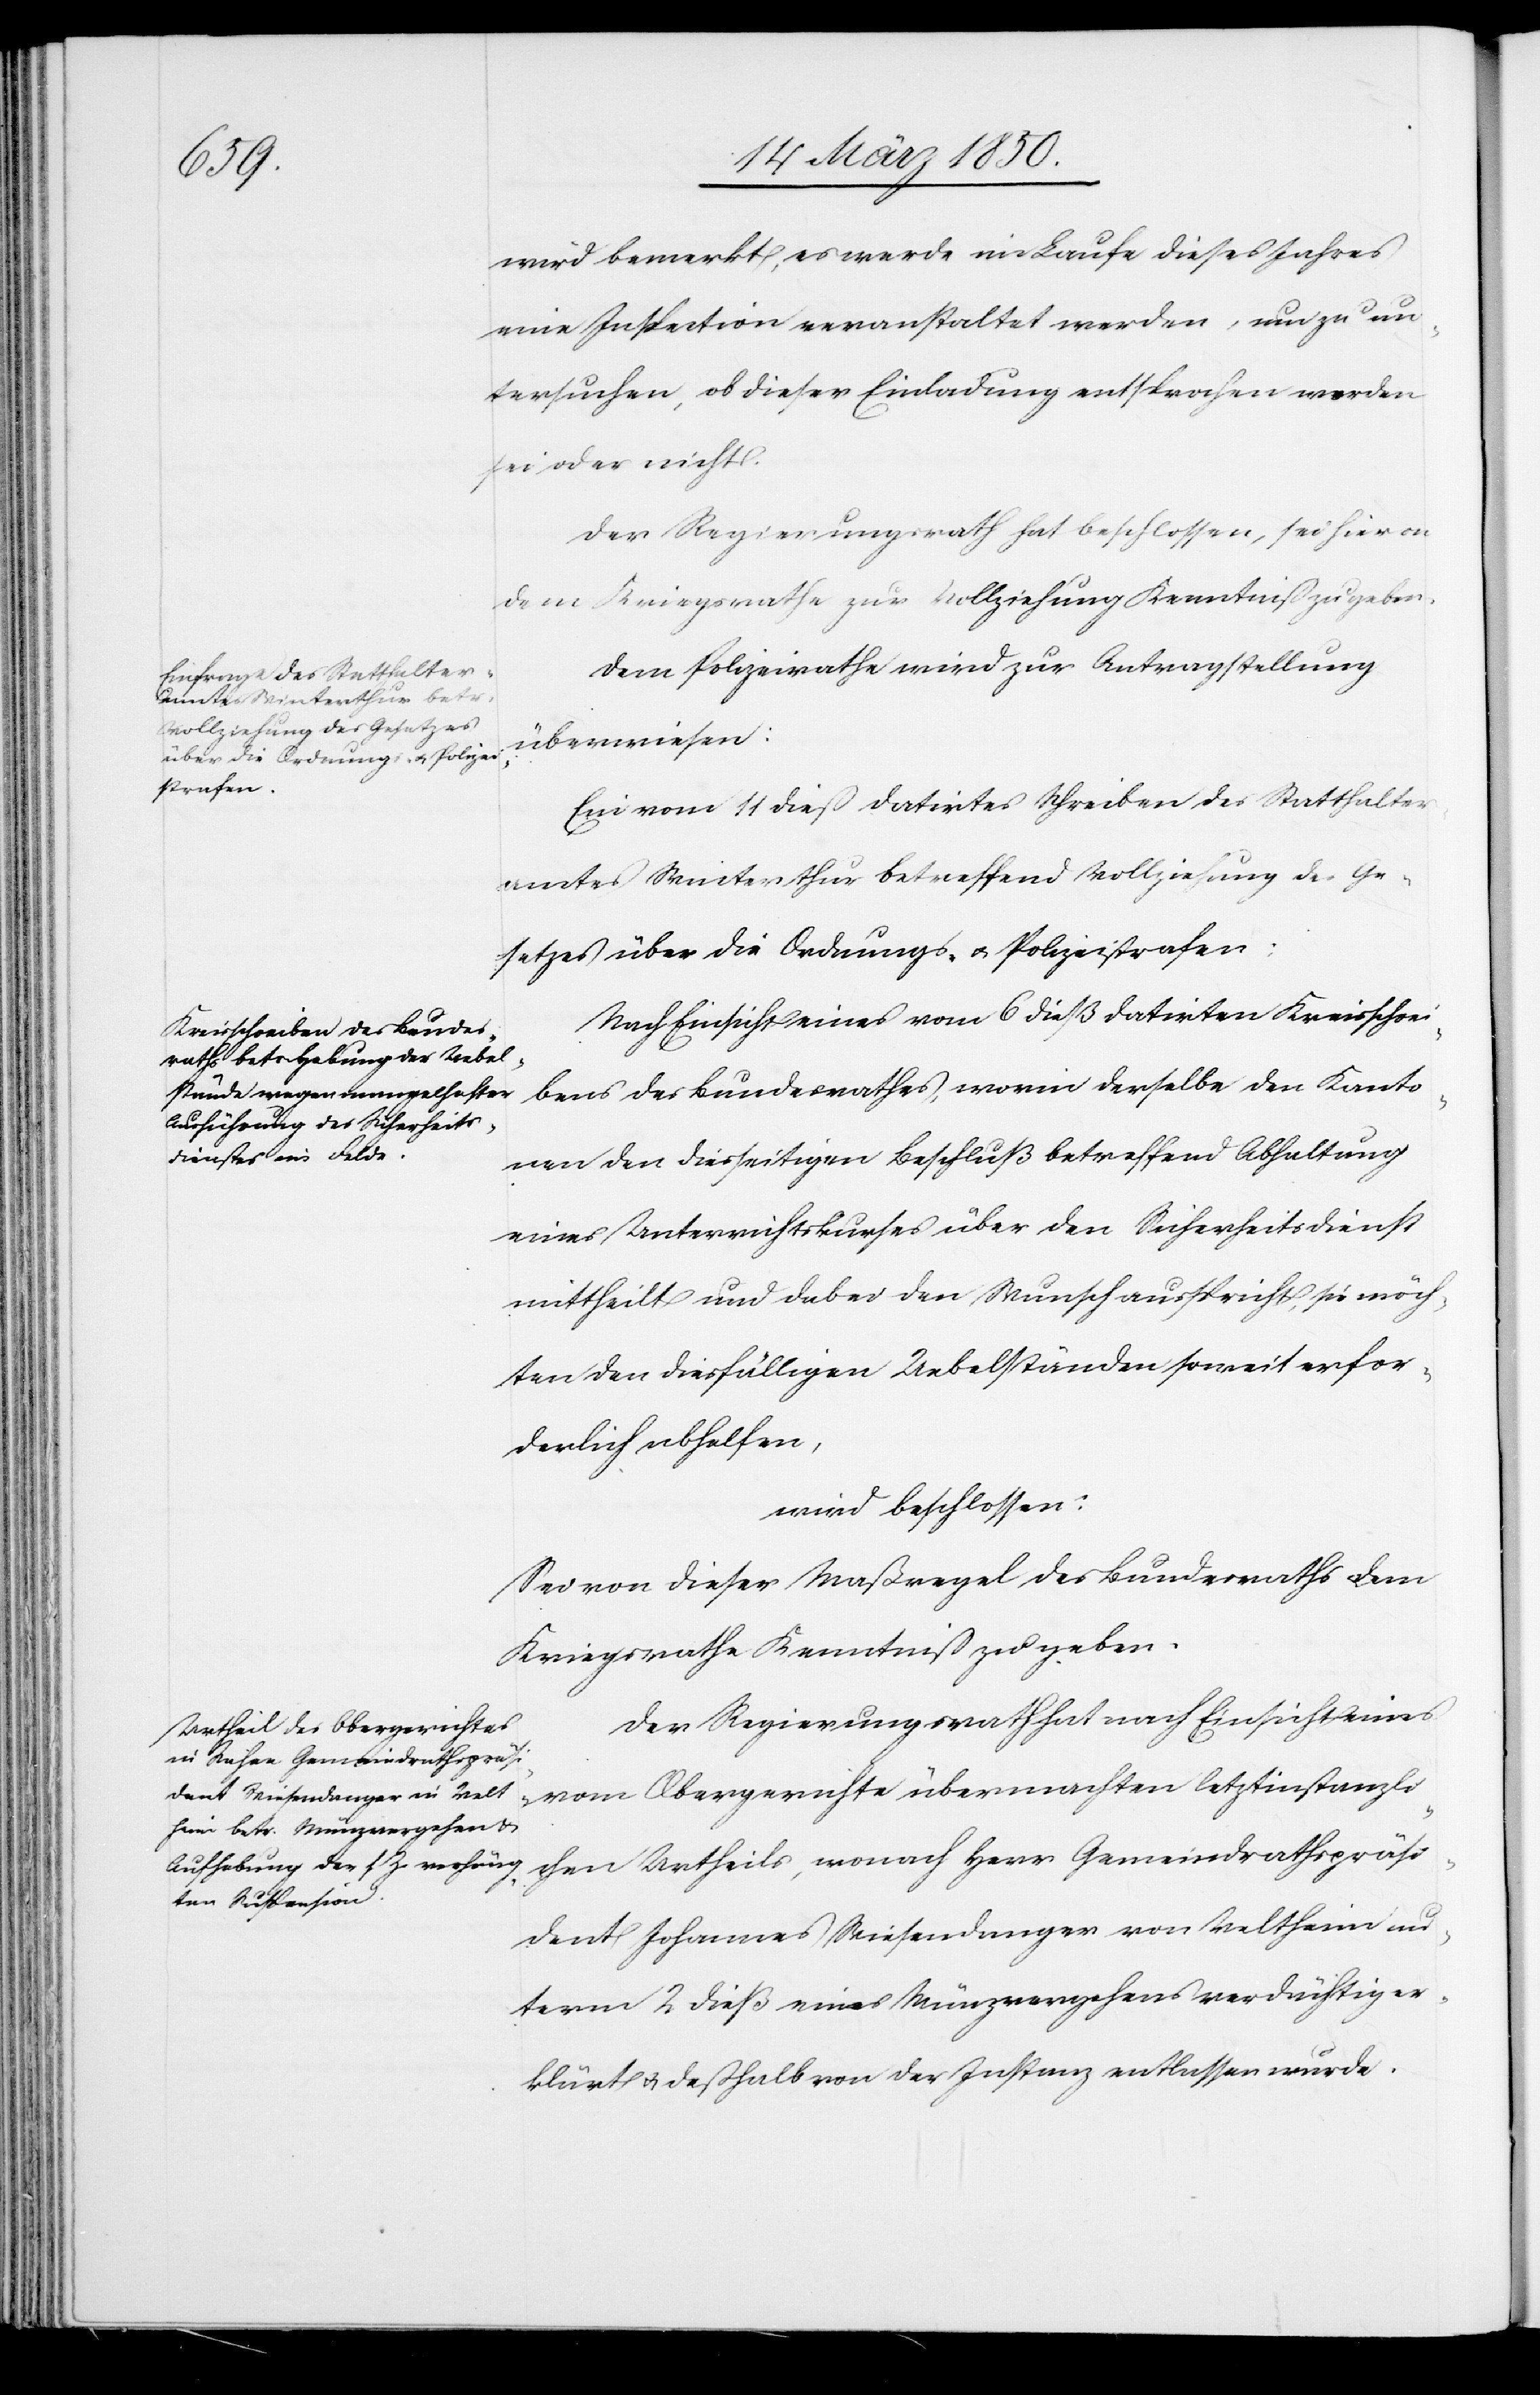
wird bemerkt, es werde im Laufe dieses Jahres
eine Inspection veranstaltet werden, um zu un¬
tersuchen, ob dieser Einladung entsprochen worden
sei oder nicht.
Der Regierungsrath hat beschlossen, sei hievon
dem Kriegsrathe zur Vollziehung Kenntniß zu geben.
Dem Polizeirathe wird zur Antragstellung
überwiesen:
Ein vom 11 dieß datirtes Schreiben des Statthalter¬
amtes Winterthur betreffend Vollziehung des Ge¬
setzes über die Ordnungs- u. Polizeistrafen.
Nach Einsicht eines vom 6 dieß datirten Kreisschrei¬
bens des Bundesrathes, worin derselbe den Kanto¬
nen den diesseitigen Beschluß betreffend Abhaltung
eines Unterrichtskurses über den Sicherheitsdienst
mittheilt und dabei den Wunsch ausspricht, sie möch¬
ten den diesfälligen Uebelständen soweit erfor¬
derlich abhelfen,
wird beschlossen:
Sei von dieser Maßregel des Bundesraths dem
Kriegsrathe Kenntniß zu geben.
Der Regierungsrath hat nach Einsicht eines
vom Obergerichte übermachten letztinstanzli¬
chen Urtheils, wonach Herr Gemeindrathspräsi¬
dent Johannes Wiesendanger von Veltheim un¬
term 2 dieß eines Münzvergehens verdächtig er¬
klärt u. deßhalb von der Instanz entlassen wurde